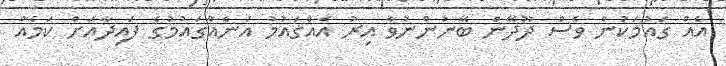
އެއް ގައުމަކުން ވެސް ދޫދޭން ބޭނުންނުވާ އިރު އެއްގައުމު އަނެއްގައުމުގެ ފައިދާއަށް ކަމެއް